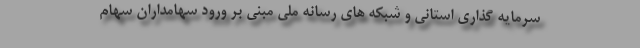
سرمایه گذاری استانی و شبکه های رسانه ملی مبنی بر ورود سهامداران سهام